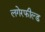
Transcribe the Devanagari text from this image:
लगेरफील्ड